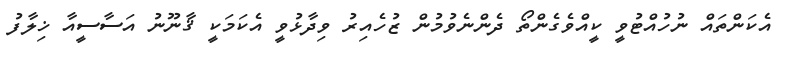
އެކަންތައް ނުހުއްޓުވީ ކީއްވެގެންތޯ ދެންނެވުމުން ޒުހެއިރު ވިދާޅުވީ އެކަމަކީ ޤާނޫނު އަސާސީއާ ޚިލާފު